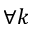
\forall k